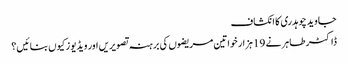
جاوید چوہدری کا انکشاف
ڈاکٹر طاہر نے 19 ہزار خواتین مریضوں کی برہنہ تصویریں اور ویڈیوز کیوں بنائیں؟